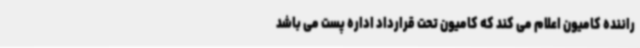
راننده کامیون اعلام می کند که کامیون تحت قرارداد اداره پست می باشد